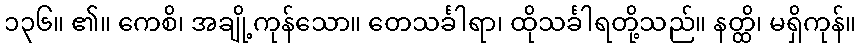
၁၃၆။ ၏။ ကေစိ၊ အချို့ကုန်သော။ တေသင်္ခါရာ၊ ထိုသင်္ခါရတို့သည်။ နတ္ထိ၊ မရှိကုန်။